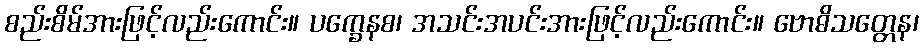
စည်းစိမ်အားဖြင့်လည်းကောင်း။ ပက္ခေနစ၊ အသင်းအပင်းအားဖြင့်လည်းကောင်း။ ဗောဓိသတ္တေန၊